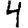
Digit: 4